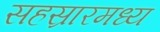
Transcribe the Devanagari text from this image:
सहस्रारमध्य